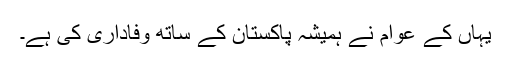
یہاں کے عوام نے ہمیشہ پاکستان کے ساتھ وفاداری کی ہے۔